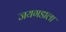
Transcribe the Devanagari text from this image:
जयगडाला